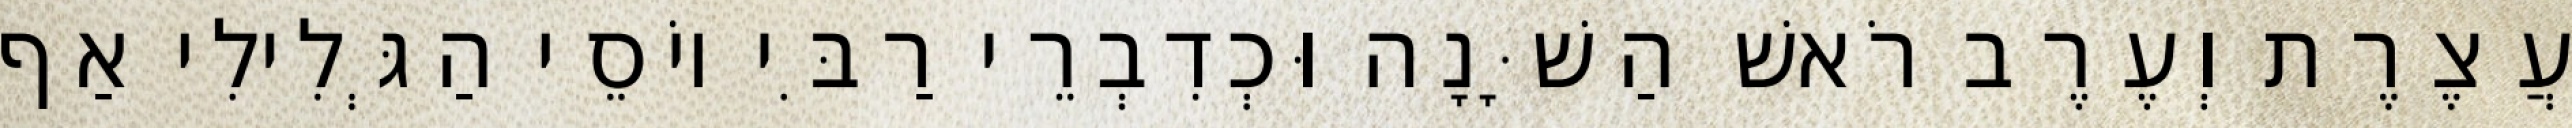
עֲצֶרֶת וְעֶרֶב רֹאשׁ הַשָּׁנָה וּכְדִבְרֵי רַבִּי יוֹסֵי הַגְּלִילִי אַף